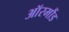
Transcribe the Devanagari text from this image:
ऑरमौंड